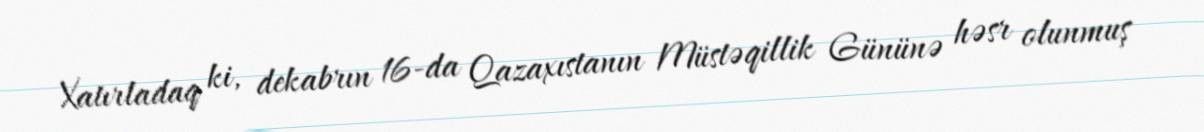
Xatırladaq ki, dekabrın 16-da Qazaxıstanın Müstəqillik Gününə həsr olunmuş